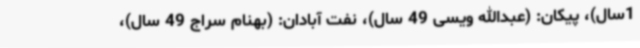
1سال)، پیکان: (عبدالله ویسی 49 سال)، نفت آبادان: (بهنام سراج 49 سال)،